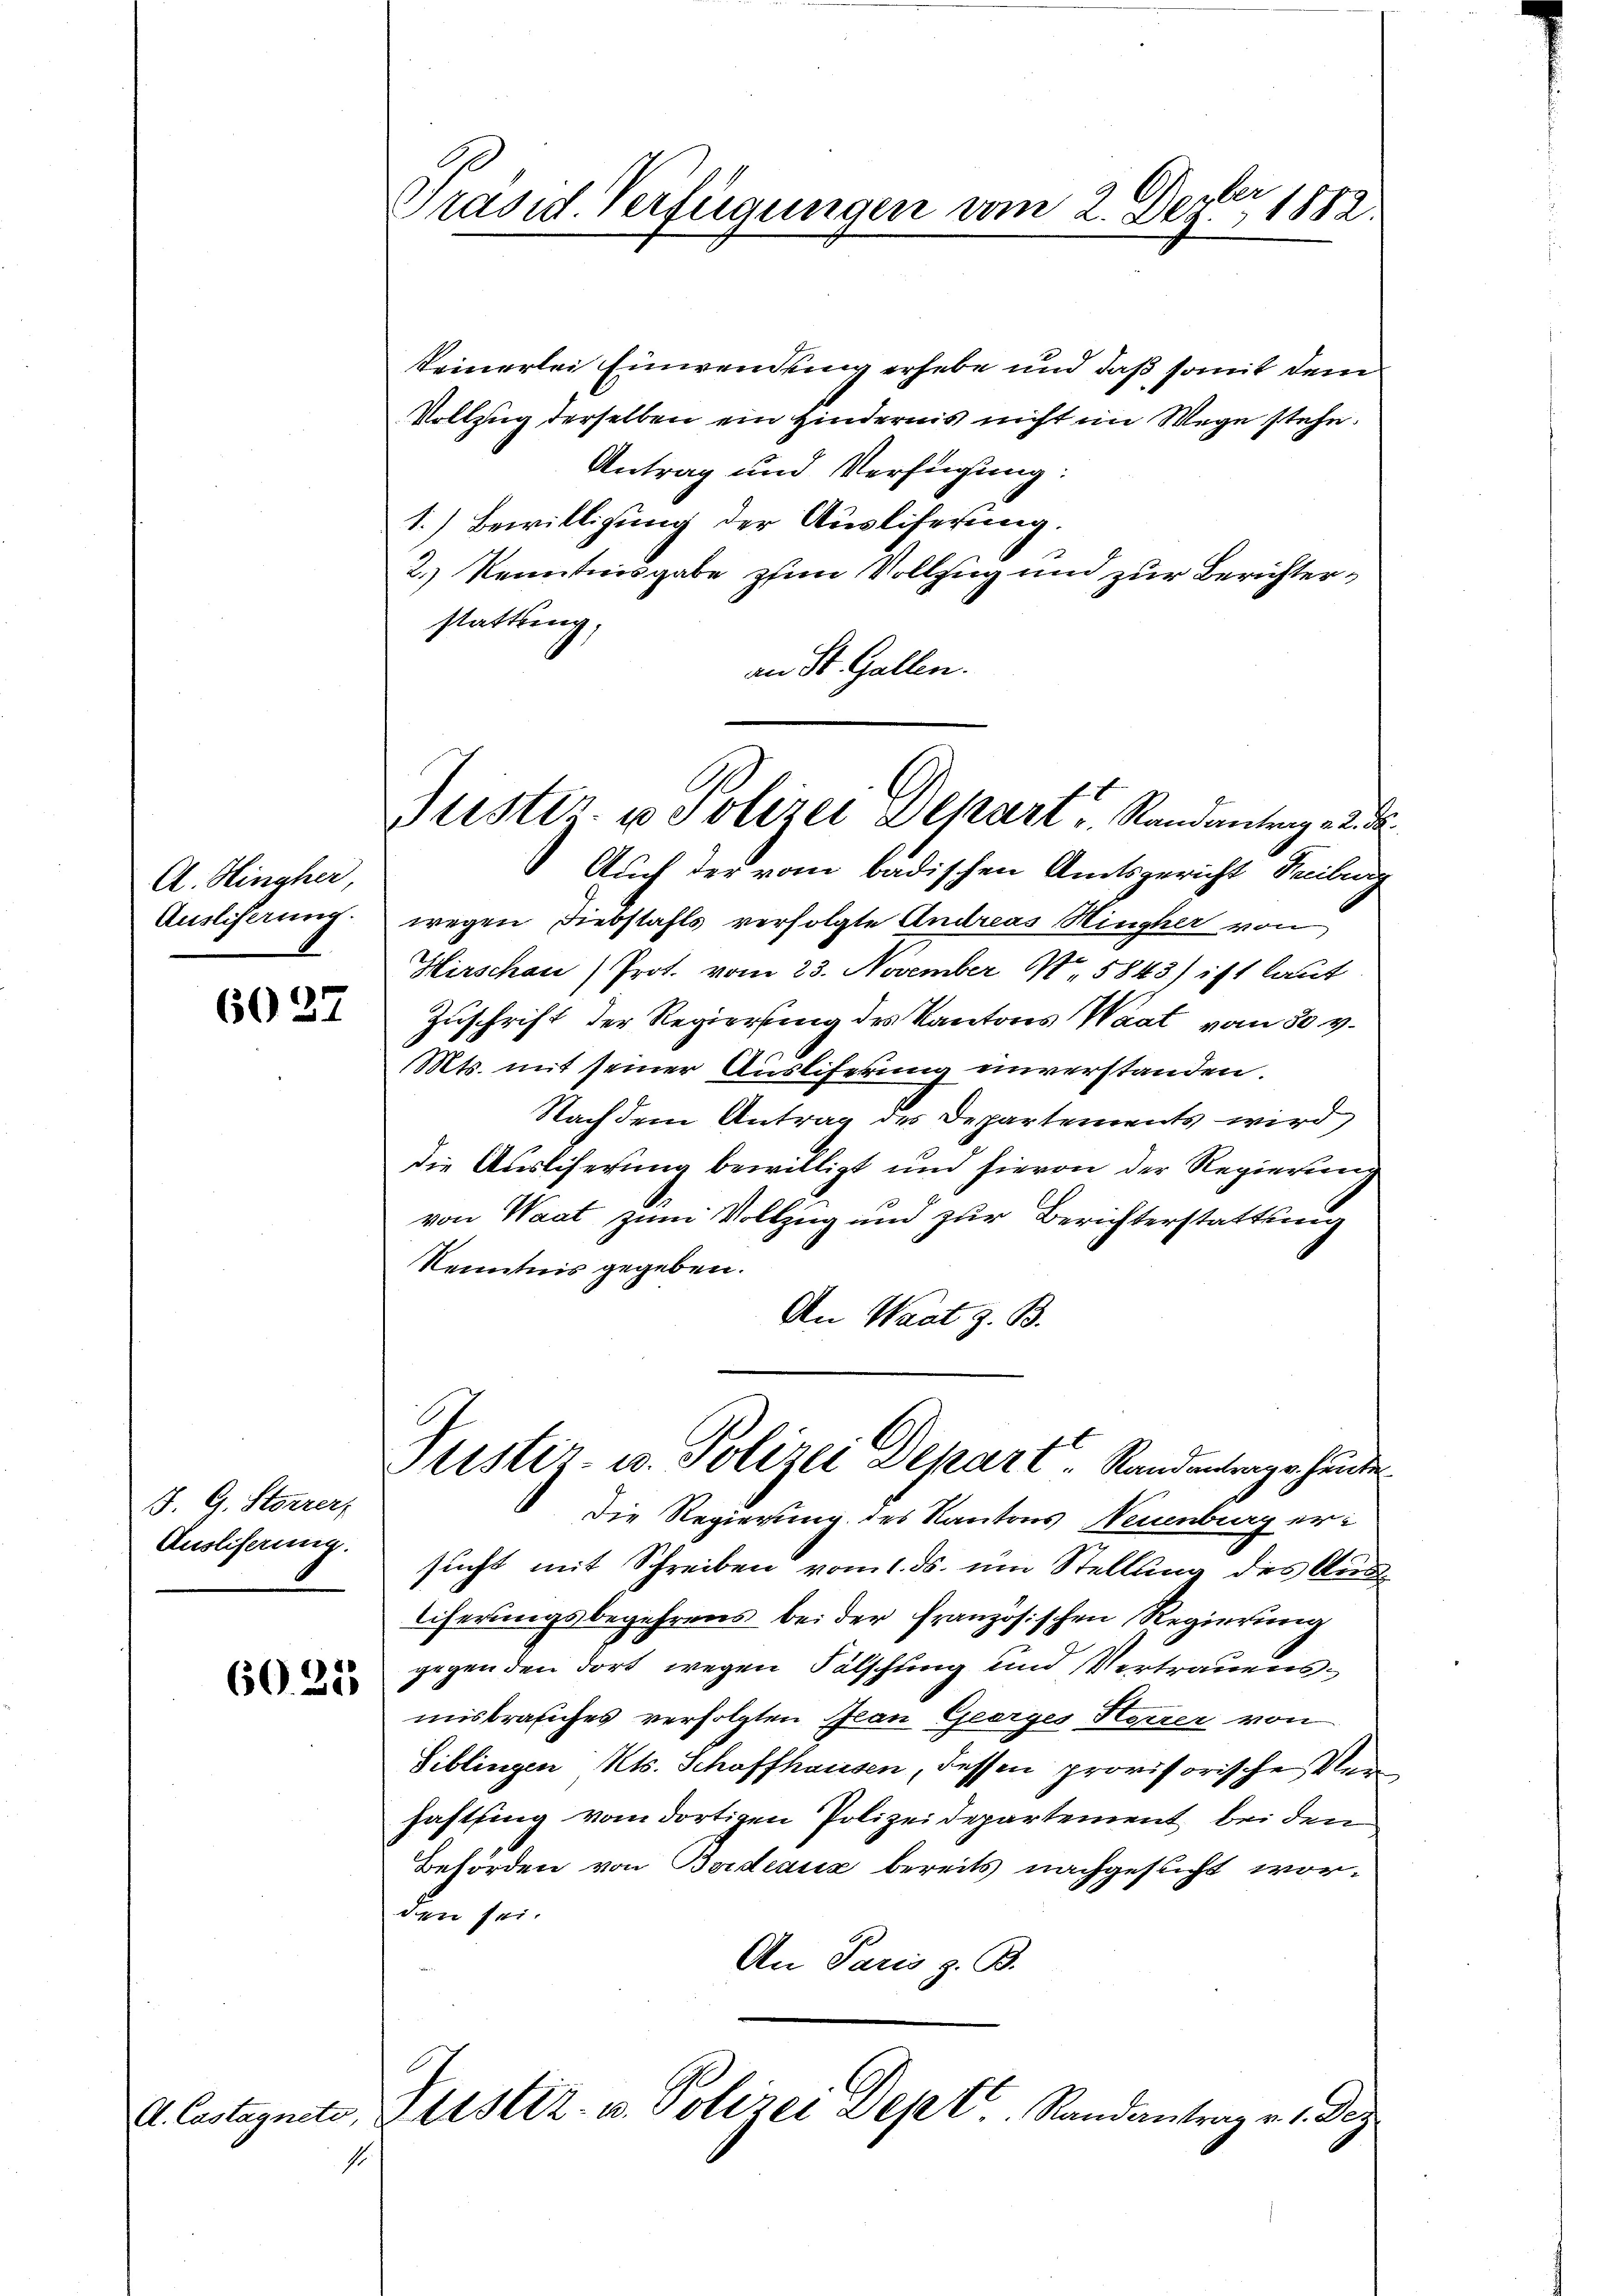
A. Hingher,
Ausliserung.

6027

S. G. Storrer,
Auslieferung.

6025

Präsid. Verfügungen vom 2. Dezter 1882.

1.

keinerlei Einwendung erhebe und daß somit dem
Vollzug derselben ein Hindernis nicht im Wege stehe.
Antrag und Verfügung:
1.) Bewilligung der Ausliferung.
2.) Kenntnisgabe zum Vollzug und zur Berichterstattung,
an St. Gallen.
Auch der vom badischen Amtsgericht Freiburg
wegen Diebstahls verfolgte Andreas Hingher von
Hirschau / Prot. vom 23. November N. 5843) ist laut
Zuschrift der Regierung des Kantons Waat vom 30. v.
Mts. mit seiner Ausliferung unverstanden.
Nach dem Antrag des Departements wird
die Auslicherung bewilligt und hievon der Regierung
von Waat zum Vollzug und zur Berichterstattung
Kenntnis gegeben.
An Waat z. B.
Puster- u. Polizei Depart, Standentrage hander
Die Regierung des Kantons Neuenburg ersucht mit Schreiben vom 1. ds. um Stellung des Ausliferungsbegehrens bei der französischen Regierung
gegenden dort wegen Fälschung und Vertrauensmisbrauches verfolgten Jean Georges Herrer von
Siblingen, Kts. Schaffhausen, dessen provisorische Ver
haftsing vom dortigen Polizeidepartement bei den
Behörden von Beideaus bereits nachgesucht worden sei.
An Paris z. B.
d. Castagnete, Justiz- u. Polizei Dept. Randantrag v. 1. Dez

Justiz- u Polizei Depart Randantrag 22.